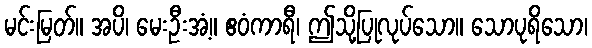
မင်းမြတ်။ အပိ၊ မေးဦးအံ့။ ဧဝံကာရီ၊ ဤသို့ပြုလုပ်သော။ သောပုရိသော၊